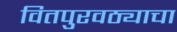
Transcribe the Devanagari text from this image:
वितपुरवठ्याचा